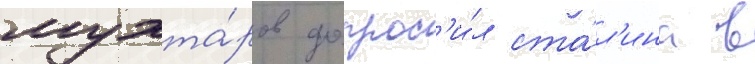
мухта́ров допрос'и́л ста́л'ина в